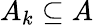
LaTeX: A_{k}\subseteq A